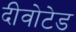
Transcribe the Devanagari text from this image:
दीवोटेड